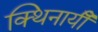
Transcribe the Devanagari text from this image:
क्थिनायीँ